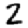
Digit: 2